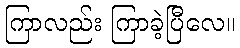
ကြာလည်း ကြာခဲ့ပြီလေ။